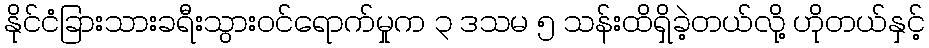
နိုင်ငံခြားသားခရီးသွားဝင်ရောက်မှုက ၃ ဒသမ ၅ သန်းထိရှိခဲ့တယ်လို့ ဟိုတယ်နှင့်